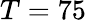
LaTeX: T=75